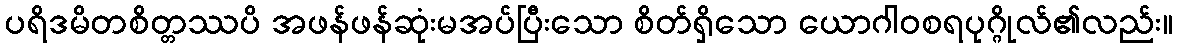
ပရိဒမိတစိတ္တဿပိ အဖန်ဖန်ဆုံးမအပ်ပြီးသော စိတ်ရှိသော ယောဂါဝစရပုဂ္ဂိုလ်၏လည်း။